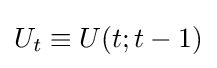
U_{t}\equiv U(t;t-1)